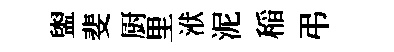
盥斐厨里洑泥稲弔